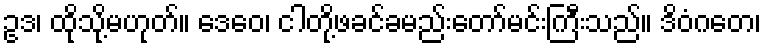
ဥဒ၊ ထိုသို့မဟုတ်။ ဒေဝေ၊ ငါတို့ဖခင်ခမည်းတော်မင်းကြီးသည်။ ဒိဝံဂတေ၊